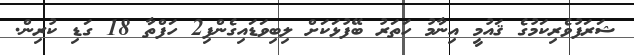
ޝަރަފުވެރިކަމުގެ ޤައުމީ އިނާމު ހަތަރު ބޭފުޅަކަށް ލިބިވަޑައިގެންފި2 ހަފްތާ 18 ގަޑި ކުރިން.